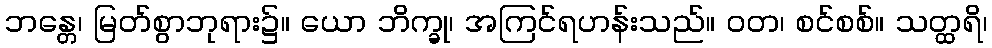
ဘန္တေ၊ မြတ်စွာဘုရား၌။ ယော ဘိက္ခု၊ အကြင်ရဟန်းသည်။ ဝတ၊ စင်စစ်။ သတ္ထရိ၊